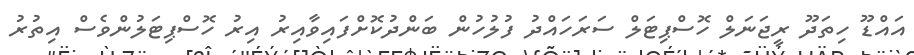
އައްޑޫ ހިތަދޫ ރީޖަނަލް ހޮސްޕިޓަލް ސަރަހައްދު ފުލުހުން ބަންދުކޮށްފައިވާއިރު އިރު ހޮސްޕިޓަލުންވެސް އިތުރު